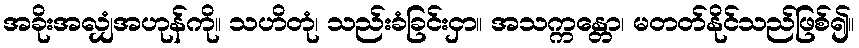
အခိုးအလျှံအဟုန်ကို။ သဟိတုံ၊ သည်းခံခြင်းငှာ။ အသက္ကန္တော၊ မတတ်နိုင်သည်ဖြစ်၍။